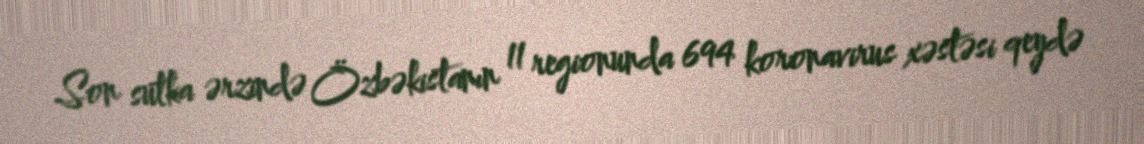
Son sutka ərzində Özbəkistanın 11 regionunda 694 koronavirus xəstəsi qeydə